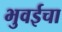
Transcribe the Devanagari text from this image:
भुवईचा